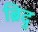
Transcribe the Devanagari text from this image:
ब्रिदु